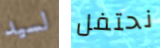
لسيد نحتفل